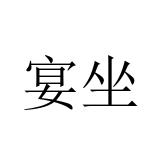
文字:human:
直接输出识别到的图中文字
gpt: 宴坐